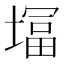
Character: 𭏨